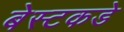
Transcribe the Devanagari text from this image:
बेस्टकडे